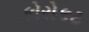
કોરોકટ